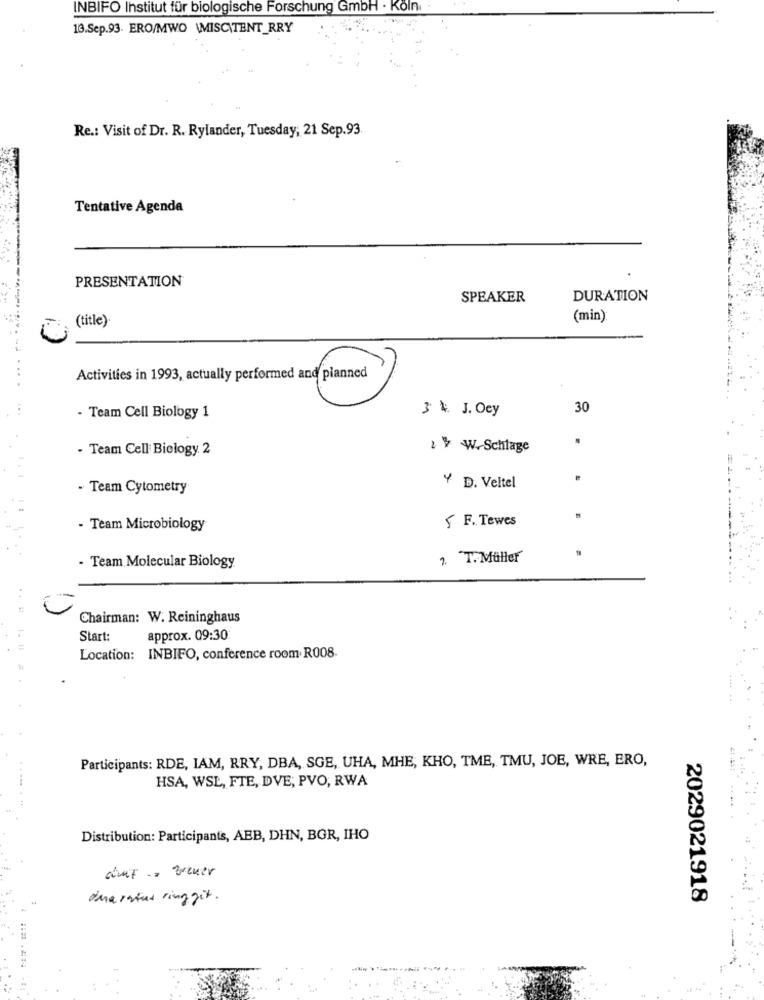
INBIFO Institut für biologische Forschung GmbH · Köln
13.Sep.93. ERO/MWO \MISC\TENT_RRY
Re .: Visit of Dr. R. Rylander, Tuesday; 21 Sep.93
Tentative Agenda
PRESENTATION
SPEAKER
DURATION
(min)
(title)
Activities in 1993, actually performed and planned
....
- Team Cell Biology 1
3 . J. Ocy
30
...
- Team Cell Biology 2
¥ W.Schlage
- Team Cytometry
+ D. Veltel
S F. Tewes
- Team Microbiology
2. T.Müller
· Team Molecular Biology
...
Chairman: W. Reininghaus
Start:
approx. 09:30:
Location: INBIFO, conference room R008.
t. # #
Participants: RDE, IAM, RRY, DBA, SGE, UHA, MHE, KHO, TME, TMU, JOE, WRE, ERO,
HSA, WSL, FTE, DVE; PVO, RWA
Distribution: Participants, AEB, DHN, BGR, IHO
auf .- Breuer
amarried ringgit .
2029021918